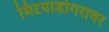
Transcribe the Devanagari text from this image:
मिऱयाडोगरावर